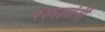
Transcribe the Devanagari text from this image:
कासारांनीं